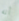
أنه